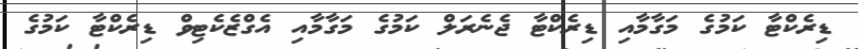
ޑިރެކްޓާ ކަމުގެ މަގާމާއި ޑިރެކްޓާ ޖެނެރަލް ކަމުގެ މަގާމާއި އެގްޒެކެޓިވް ޑިރެކްޓާ ކަމުގެ